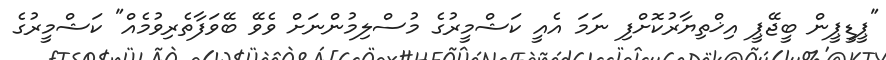
"ޕީޑީޕީން ބީޖޭޕީ އިޚްތިޔާރުކޮށްފި ނަމަ އެއީ ކަޝްމީރުގެ މުސްލިމުންނަށް ވެވޭ ބޭވަފާތެރިވުމެއް" ކަޝްމީރުގެ